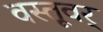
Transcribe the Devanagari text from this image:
वस्तूवर्